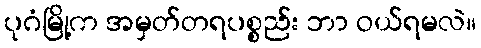
ပုဂံမြို့က အမှတ်တရပစ္စည်း ဘာ ဝယ်ရမလဲ။